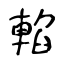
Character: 輡